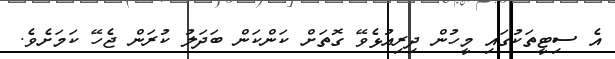
އެ ސިޓީތަކުގައި މީހުން ދިރިއުޅެވޭ ގޮތަށް ކަންކަން ބަދަލު ކުރަން ޖެހޭ ކަމަށެވެ.